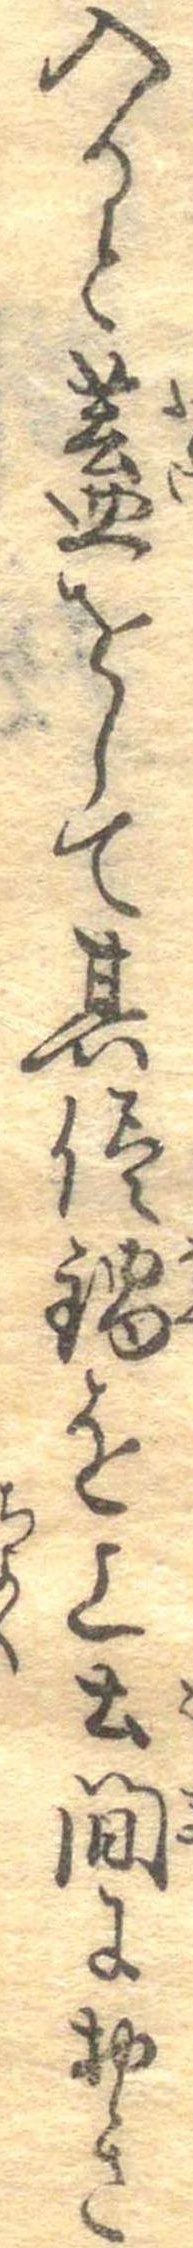
入ると蓋をして其侭鍋を上土間におき